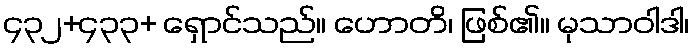
၄၃၂+၄၃၃+ ရှောင်သည်။ ဟောတိ၊ ဖြစ်၏။ မုသာဝါဒါ၊